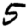
Digit: 5